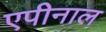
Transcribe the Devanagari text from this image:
एपीनाल